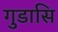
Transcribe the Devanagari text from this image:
गुडासि